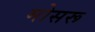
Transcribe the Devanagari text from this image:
मोसरू